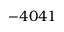
- 4 0 4 1